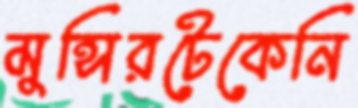
মুন্সিরটেকেনি